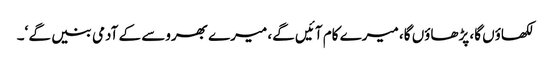
لکھاؤں گا، پڑھاؤں گا، میرے کام آئیں گے، میرے بھروسے کے آدمی بنیں گے ‘۔